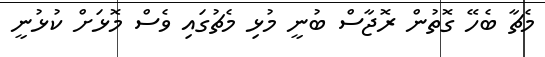
މެޗާ ބެހޭ ގޮތުން ރޮޖާސް ބުނީ މުޅި މެޗުގައި ވެސް މޮޅަށް ކުޅުނީ